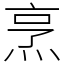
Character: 烹